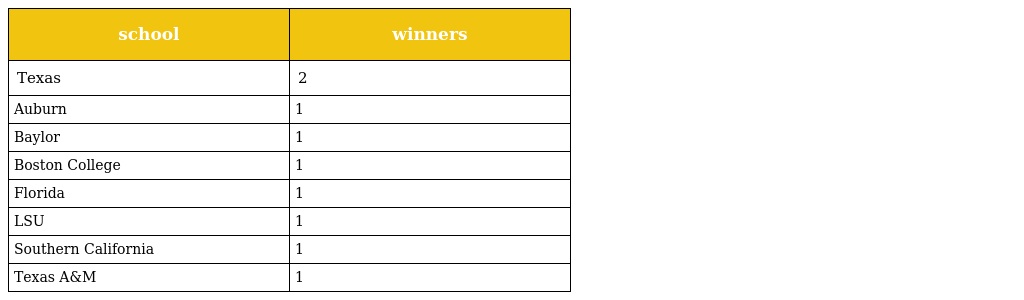
| school | winners |
 | --- | --- |
 | Texas | 2 |
 | Auburn | 1 |
 | Baylor | 1 |
 | Boston College | 1 |
 | Florida | 1 |
 | LSU | 1 |
 | Southern California | 1 |
 | Texas A&M | 1 |